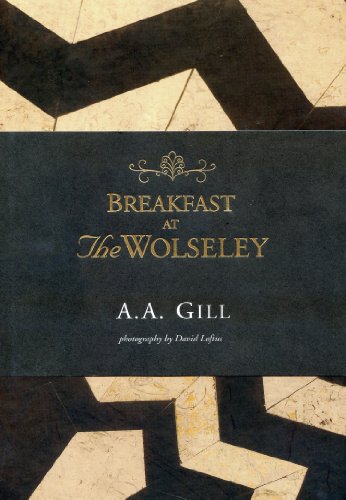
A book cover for Breakfast at the Wolseley: Recipes from London's Favorite Restaurant; A. A. Gill; Cookbooks, Food & Wine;